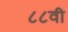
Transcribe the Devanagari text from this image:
८८वी